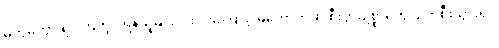
မကွဲမကွာချင်ကြဘူး၊ ရန်သူမျိုး ငါးပါးကြောင့် မတော်တဆ စီးပွားဥစ္စာတွေ ပျက်စီးသွားရင်